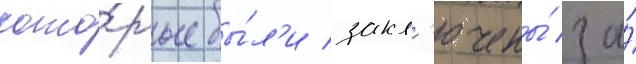
кото́рые бы́л'и закл'ючены́ за́